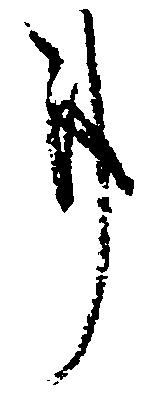
事